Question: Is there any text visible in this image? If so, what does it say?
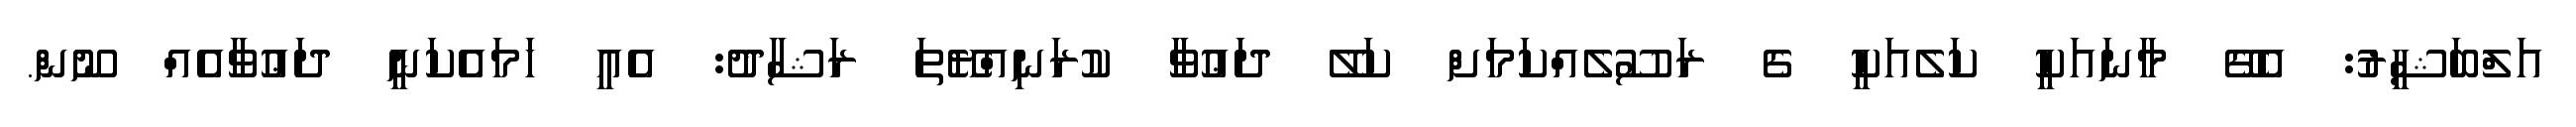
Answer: އަލްބަޝީރު: އެގޭ މާނައަކީ ކަލެއަކީ ގެ ރަސޫލެއްކަމަށް ކަލޭ ދަޢުވާ ކުރަނިއްޔޭތަ ރަޝާދު: އެއީ ހަމައެކަނީ ދަޢުވާއެއް ނޫން.